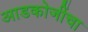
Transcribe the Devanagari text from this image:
आडकोजींचा